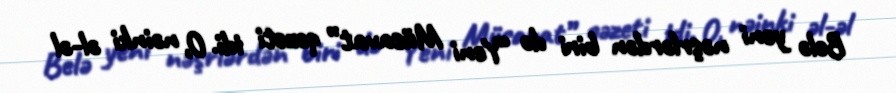
Belə yeni nəşrlərdən biri də “Yeni Müsavat” qəzeti idi. O, nəinki əl-əl